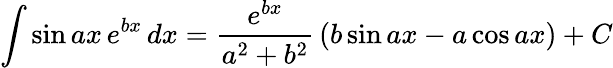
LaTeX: \int\sin ax\, e^{bx}\, dx={\frac{e^{bx}}{a^{2}+b^{2}}}\left(b\sin ax-a\cos ax\right)+C